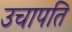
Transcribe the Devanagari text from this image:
उचापति